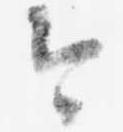
今